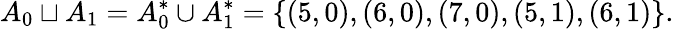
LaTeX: A_{0}\sqcup A_{1}=A_{0}^{*}\cup A_{1}^{*}=\{ (5,0),(6,0),(7,0),(5,1),(6,1)\} .